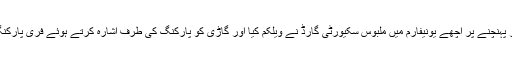
گارڈن کے گیٹ پر پہنچنے پر اچھے یونیفارم میں ملبوس سکیورٹی گارڈ نے ویلکم کیا اور گاڑی کو پارکنگ کی طرف اشارہ کرتے ہوئے فری پارکنگ کا ٹوکن تھمادیا۔